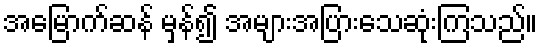
အမြောက်ဆန် မှန်၍ အများအပြားသေဆုံးကြသည်။